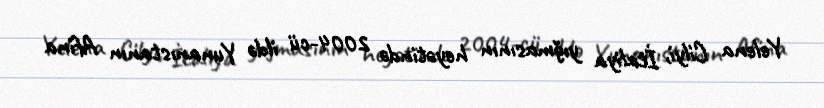
Yelena Cilyi, İtaliya yığmasının heyətində 2004-cü ildə Yunanıstanın Afina